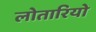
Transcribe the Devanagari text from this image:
लोतारियो